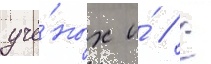
учё́ных и́ // С